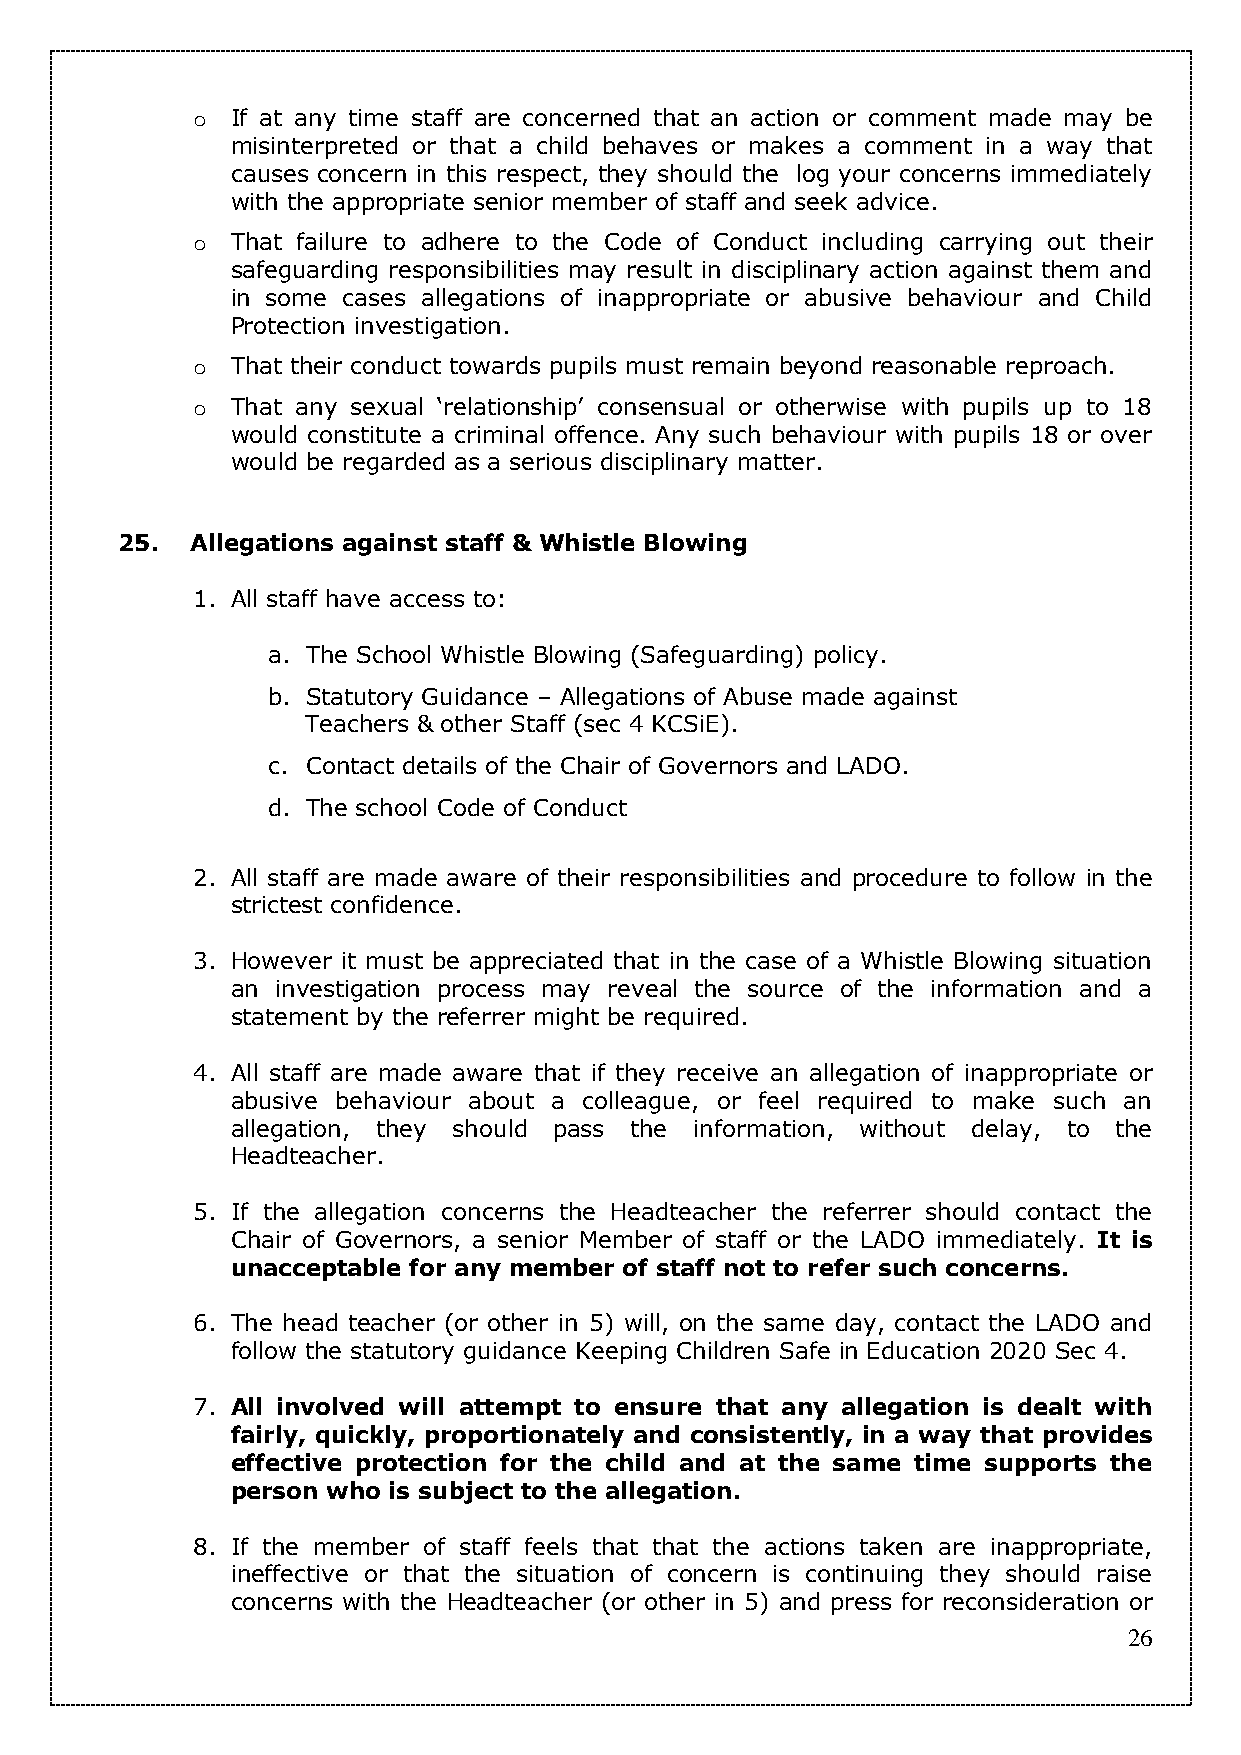
o If at any time staff are concerned that an action or comment made may be
 misinterpreted or that a child behaves or makes a comment in a way that
 causes concern in this respect, they should the log your concerns immediately
 with the appropriate senior member of staff and seek advice.
 o That failure to adhere to the Code of Conduct including carrying out their
 safeguarding responsibilities may result in disciplinary action against them and
 in some cases allegations of inappropriate or abusive behaviour and Child
 Protection investigation.
 o That their conduct towards pupils must remain beyond reasonable reproach.
 o That any sexual ‘relationship’ consensual or otherwise with pupils up to 18
 would constitute a criminal offence. Any such behaviour with pupils 18 or over
 would be regarded as a serious disciplinary matter.
 25.  Allegations against staff & Whistle Blowing
 1. All staff have access to:
 a. The School Whistle Blowing (Safeguarding) policy.
 b. Statutory Guidance – Allegations of Abuse made against
 Teachers & other Staff (sec 4 KCSiE).
 c. Contact details of the Chair of Governors and LADO.
 d. The school Code of Conduct
 2. All staff are made aware of their responsibilities and procedure to follow in the
 strictest confidence.
 3. However it must be appreciated that in the case of a Whistle Blowing situation
 an investigation process may reveal the source of the information and a
 statement by the referrer might be required.
 4. All staff are made aware that if they receive an allegation of inappropriate or
 abusive behaviour about a colleague, or feel required to make such an
 allegation, they should pass the information, without delay, to the
 Headteacher.
 5. If the allegation concerns the Headteacher the referrer should contact the
 Chair of Governors, a senior Member of staff or the LADO immediately. It is
 unacceptable for any member of staff not to refer such concerns.
 6. The head teacher (or other in 5) will, on the same day, contact the LADO and
 follow the statutory guidance Keeping Children Safe in Education 2020 Sec 4.
 7. All involved will attempt to ensure that any allegation is dealt with
 fairly, quickly, proportionately and consistently, in a way that provides
 effective protection for the child and at the same time supports the
 person who is subject to the allegation.
 8. If the member of staff feels that that the actions taken are inappropriate,
 ineffective or that the situation of concern is continuing they should raise
 concerns with the Headteacher (or other in 5) and press for reconsideration or
 26